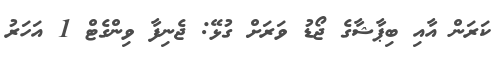
ކަރަން އާއި ބިޕާޝާގެ ޖޯޑު ވަރަށް ގުޅޭ: ޖެނިފާ ވިންގެޓް 1 އަހަރު